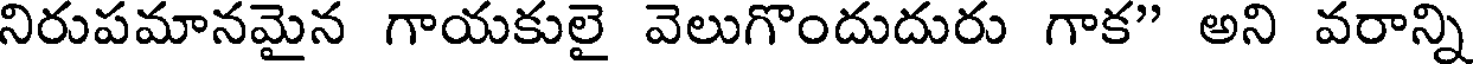
నిరుపమానమైన గాయకులై వెలుగొందుదురు గాక" అని వరాన్ని